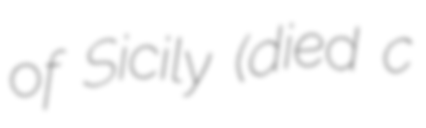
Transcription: of Sicily (died c